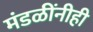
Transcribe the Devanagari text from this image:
मंडळींनीही